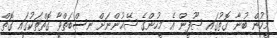
މީހުން ބުނާ ގޮތުގައި ޞޫފީން އެ މީހުންގެ ޝޭޚުންނަށް ނިސްބަތްވާ ގޮތްތަކުގައި ގޮތް